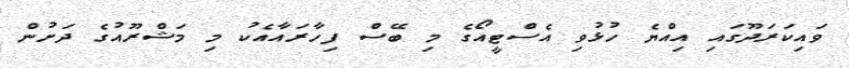
ވައިކަރަދޫގައި އިއްޔެ ހުޅުވި އެސްޓީއޯގެ މި ބޭސް ފިހާރައާއެކު މި މަޝްރޫއުގެ ދަށުން